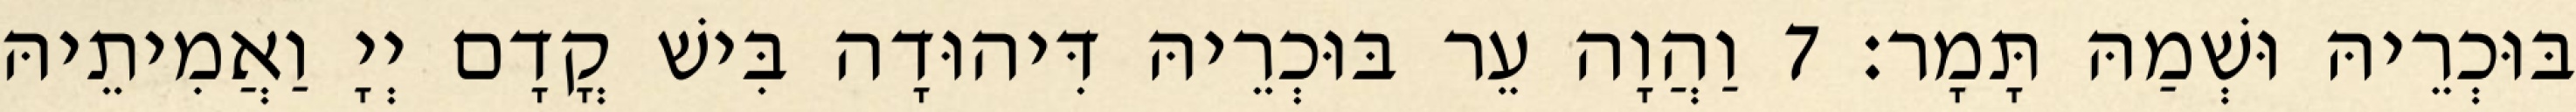
בּוּכְרֵיהּ וּשְׁמַהּ תָּמָר׃ 7 וַהֲוָה עֵר בּוּכְרֵיהּ דִּיהוּדָה בִּישׁ קֳדָם יְיָ וַאֲמִיתֵיהּ